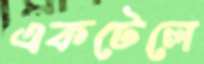
একটেলে